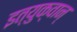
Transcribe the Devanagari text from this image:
इत्युक्वान्